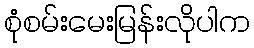
စုံစမ်းမေးမြန်းလိုပါက